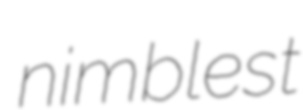
nimblest